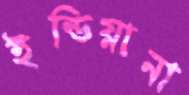
ইন্ডিয়ানা